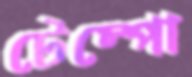
টেম্পো